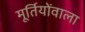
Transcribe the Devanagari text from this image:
मूर्तियोंवाला